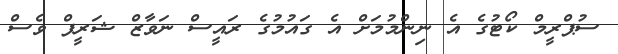
ސުޕްރީމް ކޯޓުގެ އެ ނިންމުމަށް އެ ގައުމުގެ ރައީސް ނަވާޒް ޝަރީފް ވެސް